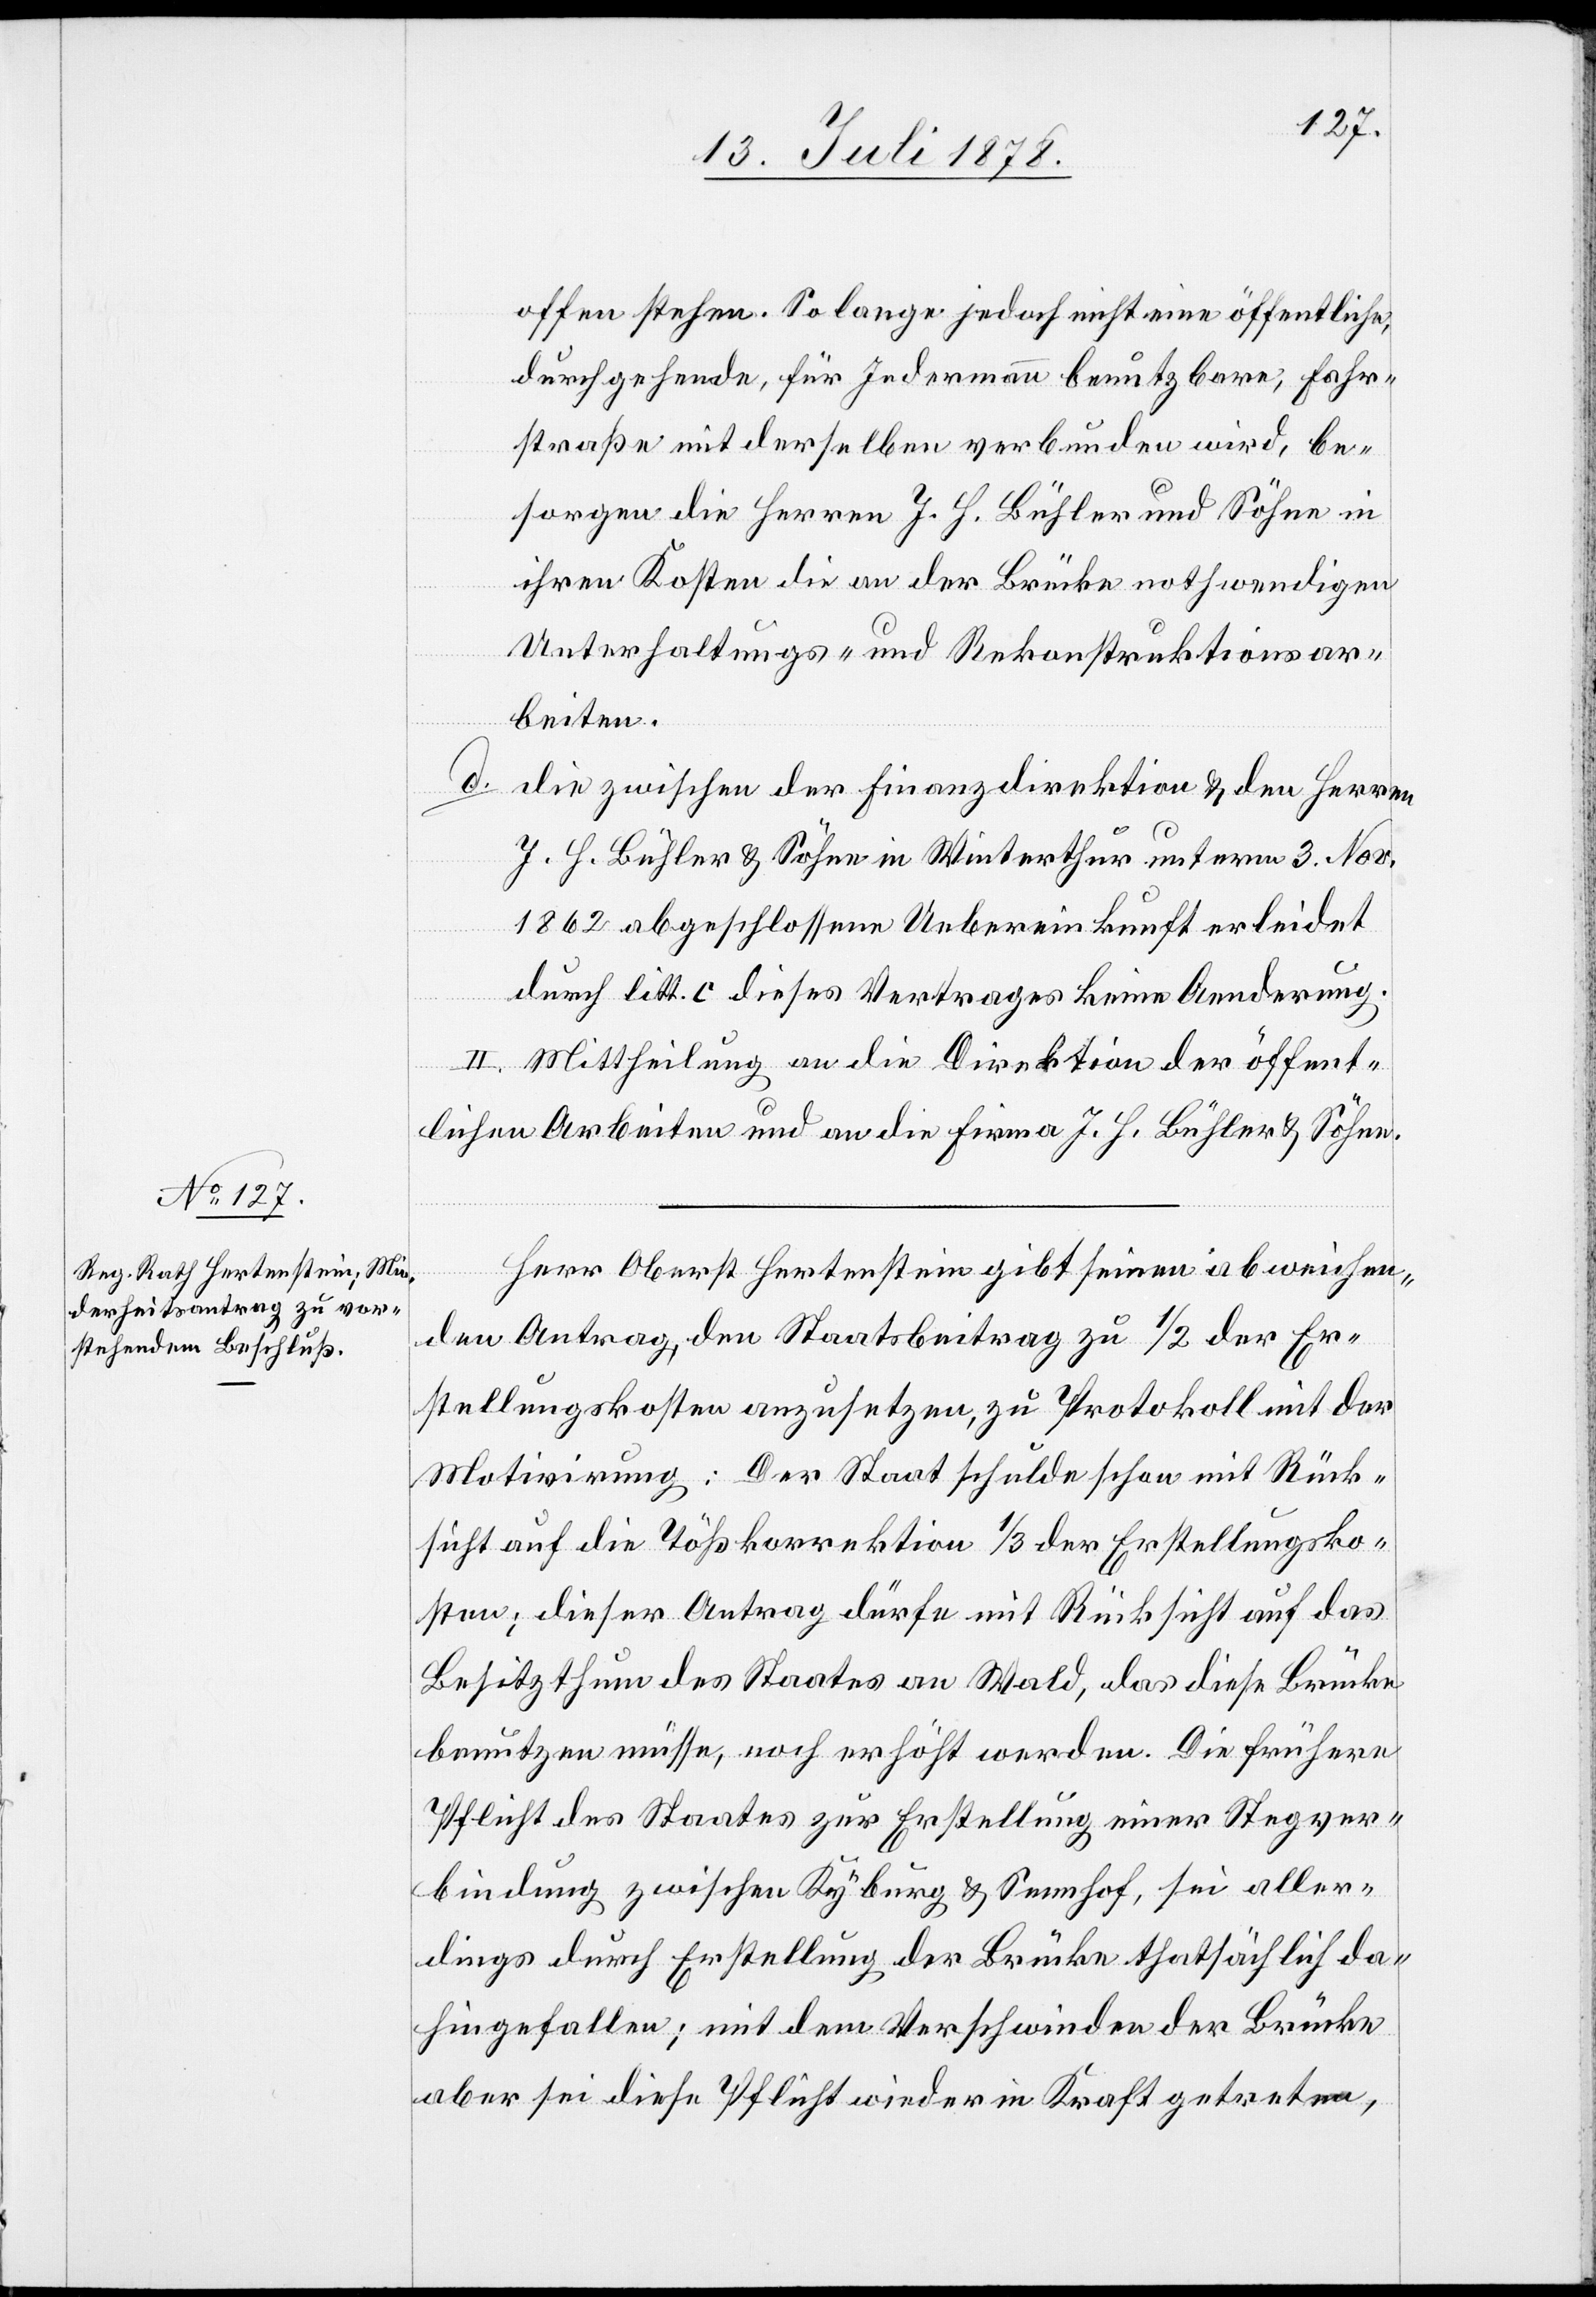
offen stehen. So lange jedoch nicht eine öffentliche,
durchgehende, für Jedermann benutzbare, Fahr¬
straße mit derselben verbunden wird, be¬
sorgen die Herren J. H. Bühler und Söhne in
ihren Kosten die an der Brücke nothwendigen
Unterhaltungs- und Rekonstruktionsar¬
beiten.
d.
die zwischen der Finanzdirektion & den Herren
J. H. Bühler & Söhne in Winterthur unterm 3. Nov.
1862 abgeschlossene Uebereinkunft erleidet
durch litt. c dieses Vertrages keine Aenderung.
II. Mittheilung an die Direktion der öffent¬
lichen Arbeiten und an die Firma J. H. Bühler & Söhne.
Herr Oberst Hertenstein gibt seinen abweichen¬
den Antrag, den Staatsbeitrag zu 1/2 der Er¬
stellungskosten anzusetzen, zu Protokoll mit der
Motivirung: Der Staat schulde schon mit Rück¬
sicht auf die Tößkorrektion 1/3 der Erstellungsko¬
sten; dieser Antrag dürfe mit Rücksicht auf das
Besitzthum des Staates an Wald, das diese Brücke
benutzen müsse, noch erhöht werden. Die frühere
Pflicht des Staates zur Erstellung einer Stegver¬
bindung zwischen Kyburg & Sennhof, sei aller¬
dings durch Erstellung der Brücke thatsächlich da¬
hingefallen; mit dem Verschwinden der Brücke
aber sei diese Pflicht wieder in Kraft getreten,